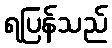
ရပြန်သည်